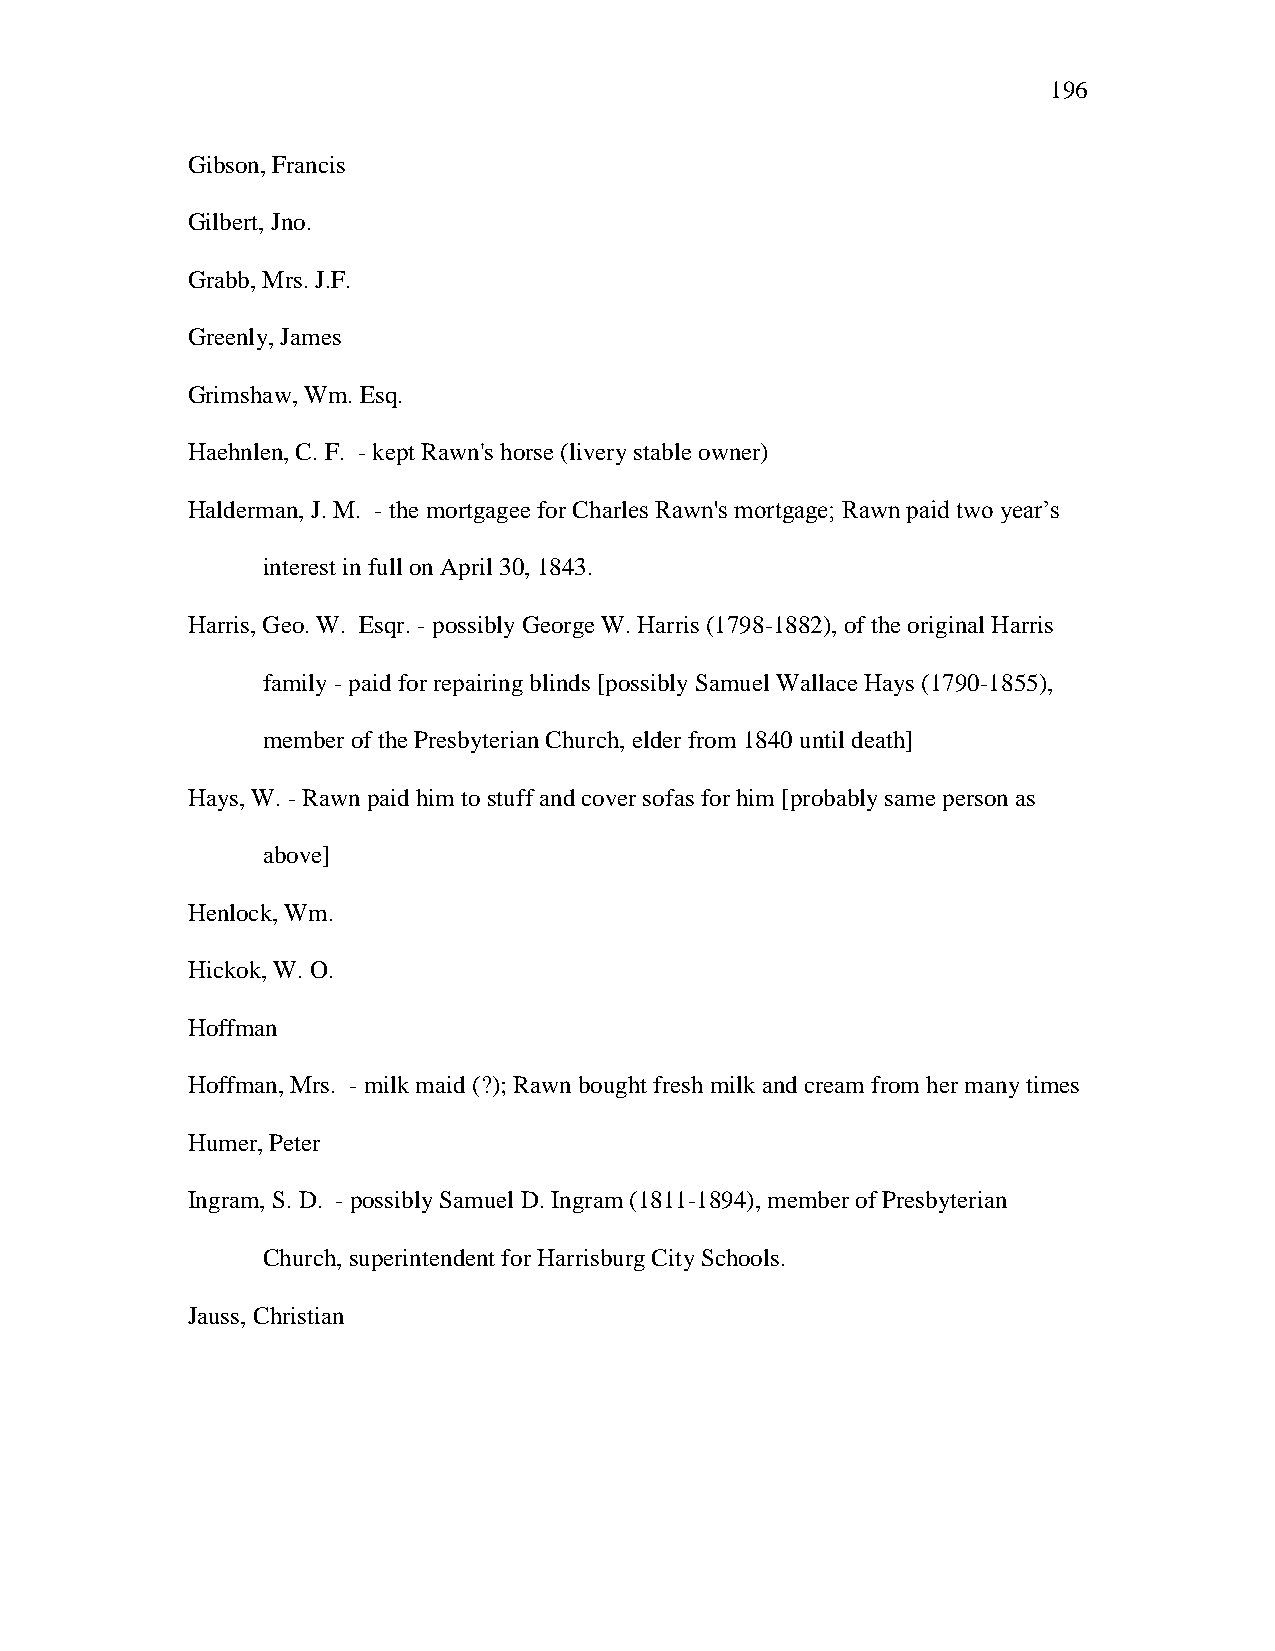
196
 Gibson, Francis
 Gilbert, Jno.
 Grabb, Mrs. J.F.
 Greenly, James
 Grimshaw, Wm. Esq.
 Haehnlen, C. F. - kept Rawn's horse (livery stable owner)
 Halderman, J. M. - the mortgagee for Charles Rawn's mortgage; Rawn paid two year‘s
 interest in full on April 30, 1843.
 Harris, Geo. W. Esqr. - possibly George W. Harris (1798-1882), of the original Harris
 family - paid for repairing blinds [possibly Samuel Wallace Hays (1790-1855),
 member of the Presbyterian Church, elder from 1840 until death]
 Hays, W. - Rawn paid him to stuff and cover sofas for him [probably same person as
 above]
 Henlock, Wm.
 Hickok, W. O.
 Hoffman
 Hoffman, Mrs. - milk maid (?); Rawn bought fresh milk and cream from her many times
 Humer, Peter
 Ingram, S. D. - possibly Samuel D. Ingram (1811-1894), member of Presbyterian
 Church, superintendent for Harrisburg City Schools.
 Jauss, Christian